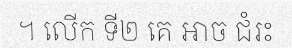
។ លើក ទី២ គេ អាច ជំរះ